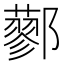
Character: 𨟆